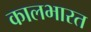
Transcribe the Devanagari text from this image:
कालभारत